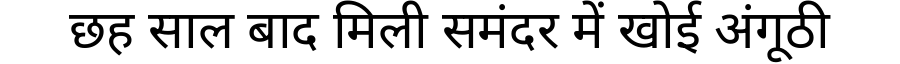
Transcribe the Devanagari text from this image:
छह साल बाद मिली समंदर में खोई अंगूठी